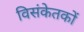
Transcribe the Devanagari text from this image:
विसंकेतकों